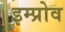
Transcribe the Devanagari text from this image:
इम्प्रोव